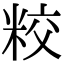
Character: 𥹜